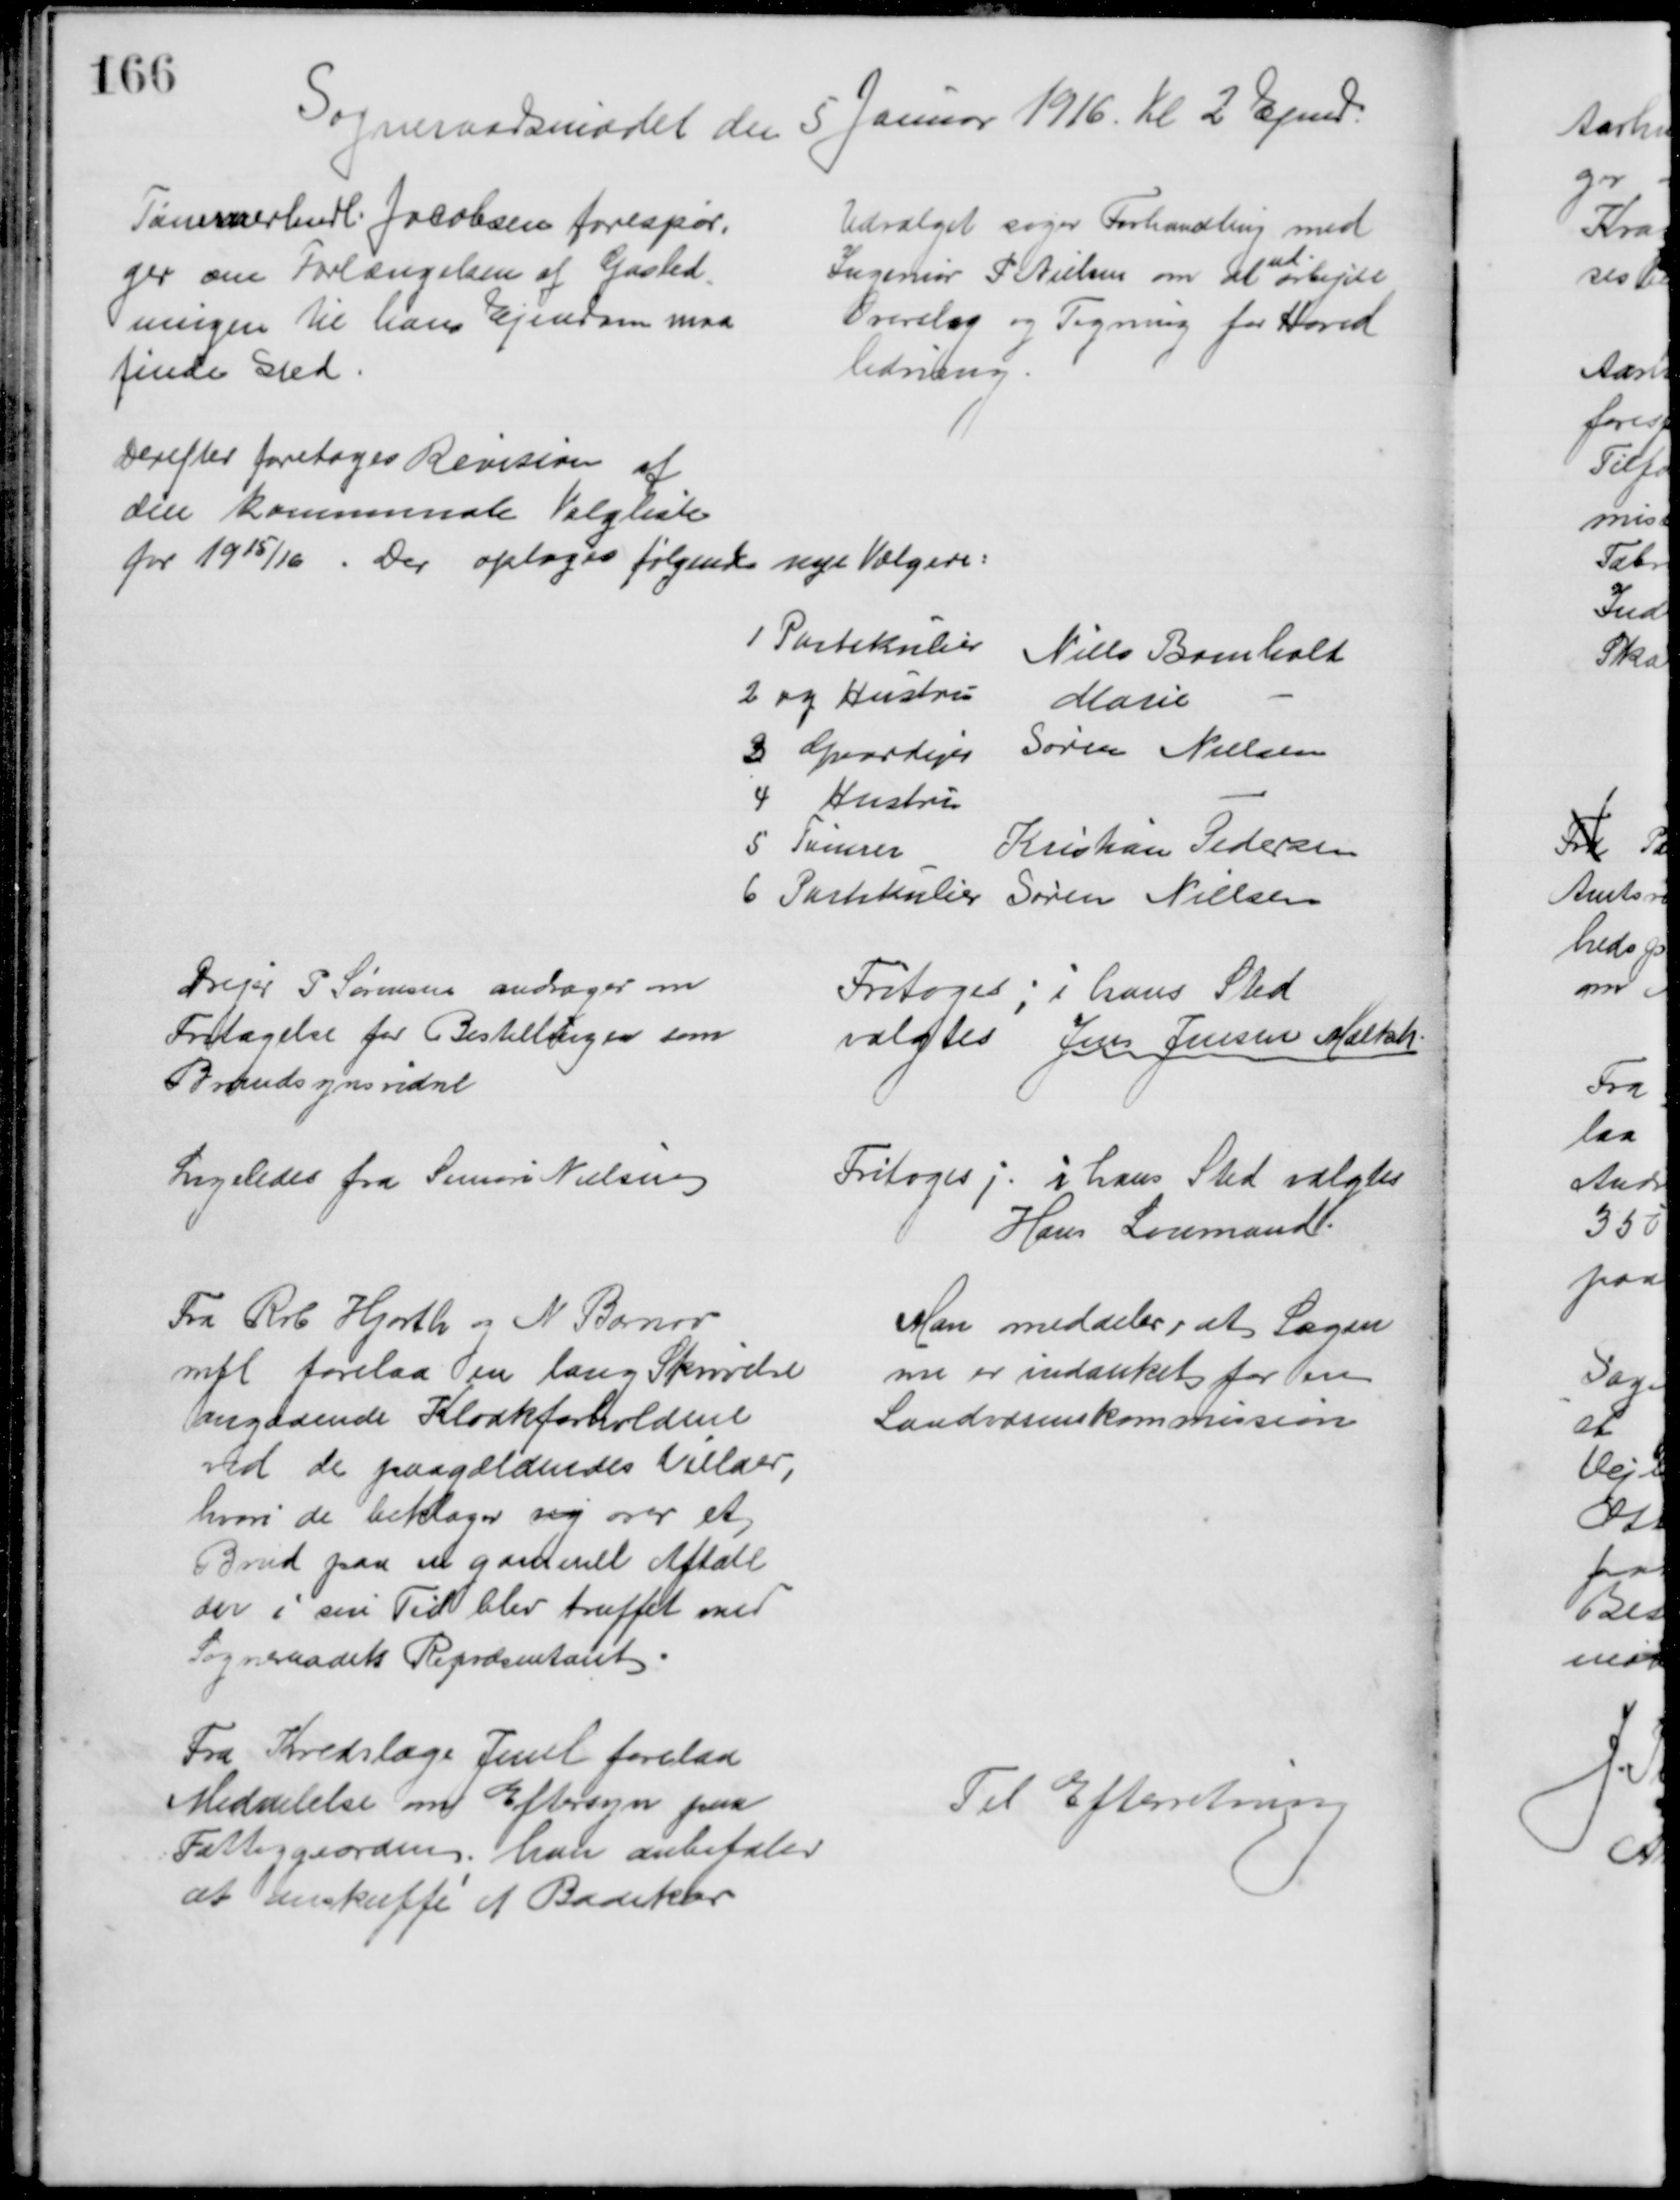
Transskription:
Sogneraadsmødet den 5 Januar 1916. Kl 2 Efmd
Tømmerhndl. Jacobsen forespør=
ger om Forlængelsen af Gasled
=
ningen til hans Ejendom maa
finde Sted
Udvalget søger Forhandling med
Ingeniør P Nielsen om at 
ud
arbejde
Overslag og Tegning for Hoved
ledning.
Derefter foretoges Revision af
den kommunale Valgliste
for 1915/16. Der optages følgende nye Vælgere:
1 Partikulier
Niels Bomholt
2 og Hustru
Marie
3 Gaardejer
Søren Nielsen
4 Hustru
5 Tømrer
Kristian Pedersen
6 Partikulier Søren Nielsen
Drejer P Sørensen andrager om
Fritagelse for Bestillingen som
Brandsynsvidne
Fritoges; i hans Sted
valgtes Jens Jensen Mælkeh.
Ligeledes fra Simon Nielsen
Fritoges ;. i hans Sted valgtes
Hans Loumand
Fra Rrb Hjorth og N Barnow
mfl forelaa en lang Skrivelse
angaaende Kloakforholdene
ved de paagældendes Villaer
hvori de beklager sig over et 
Brud paa en gammel Aftale
der i sin Tid blev truffet med
Sogneraadets Repræsentant
Man meddeler, at Sagen
nu er indanket for en
Landvæsenskommission
Fra Kredslæge Juul forelaa
Meddelelse om Eftersyn paa
Fattiggaarden; han anbefaler
at anskaffe et Badekar
Til Efterretning